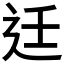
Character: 𨑳